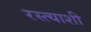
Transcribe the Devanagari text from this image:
रस्त्याशी